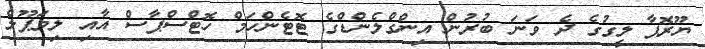
ޔޫރޮޕާ ލީގުގެ ދެ ވަަނަ ބުރުން އިންގްލެންޑްގެ ޓޮޓެންހަމް ހޮޓްސްޕާސް އާއި ލިވަޕޫލް